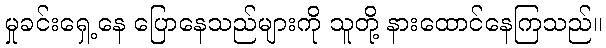
မှုခင်းရှေ့နေ ပြောနေသည်များကို သူတို့ နားထောင်နေကြသည်။